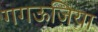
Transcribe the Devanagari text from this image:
गगऊज़िया